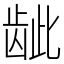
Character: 龇